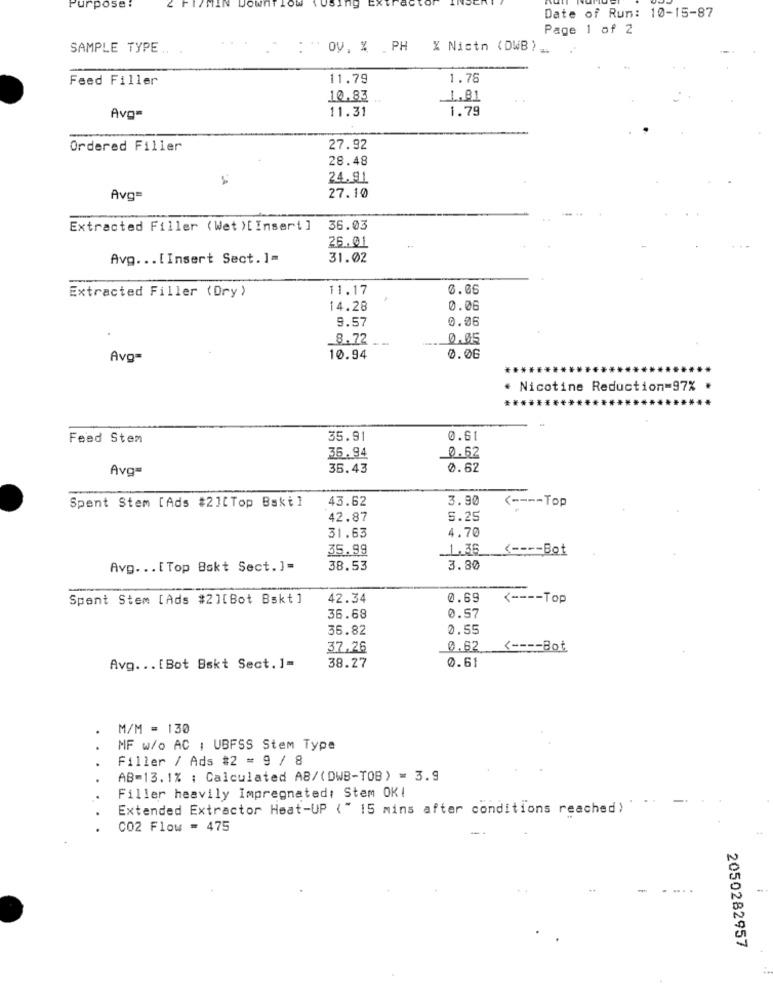
Purpose:
ng
Date of Run: 10-15-87
Page 1 of 2
SAMPLE TYPE .. .
: " OV, % PH % Nictn (DWB) ..
Feed Filler
11.79
1.78
10.83
1.81
11.31
1.79
Avo=
Ordered Filler
27.92
28.48
24.91
27.10
Avg=
Extracted Filler (Wet )[ Insert]
36.03
26.01
Avg ... [Insert Sect. ]=
31.02
Extracted Filler (Dry)
11.17
6.06
14.28
0.00
9.57
0.06
8.72
0.05
Avg=
10.94
0.00
* Nicotine Reduction=97%
..
Feed Stem
35.91
0.61
36.94
0.62
Avg=
35.43
0.62
43.62
3.90
Spent Stem [Ads #2][ Top Bski]
<---- Top
42.87
5.25
31.63
4.70
35.99
_1.36
<---- Bot
Avg ... [ Top Bskt Sect. ]=
38.53
3.80
Spent Stem [Ads #2][Bot Bskt]
42.34
0.69
<---- Top
36.68
0.57
35.82
0.55
37.26
0.62
<---- Bot
38.27
Avg ... [Bot Bskt Sect. ]=
0.61
M/M = 130
.
.
MF w/o AC , UBFSS Stem Type
Filler / Ads #2 = 9 / 8
AB=13.1% : Calculated AB/(DWB-TOB) = 3.9
Filler heavily Impregnated: Stem OK!
-
Extended Extractor Heat-UP (" 15 mins after conditions reached ) ":
. .
CO2 Flow = 475
- -
2050282957